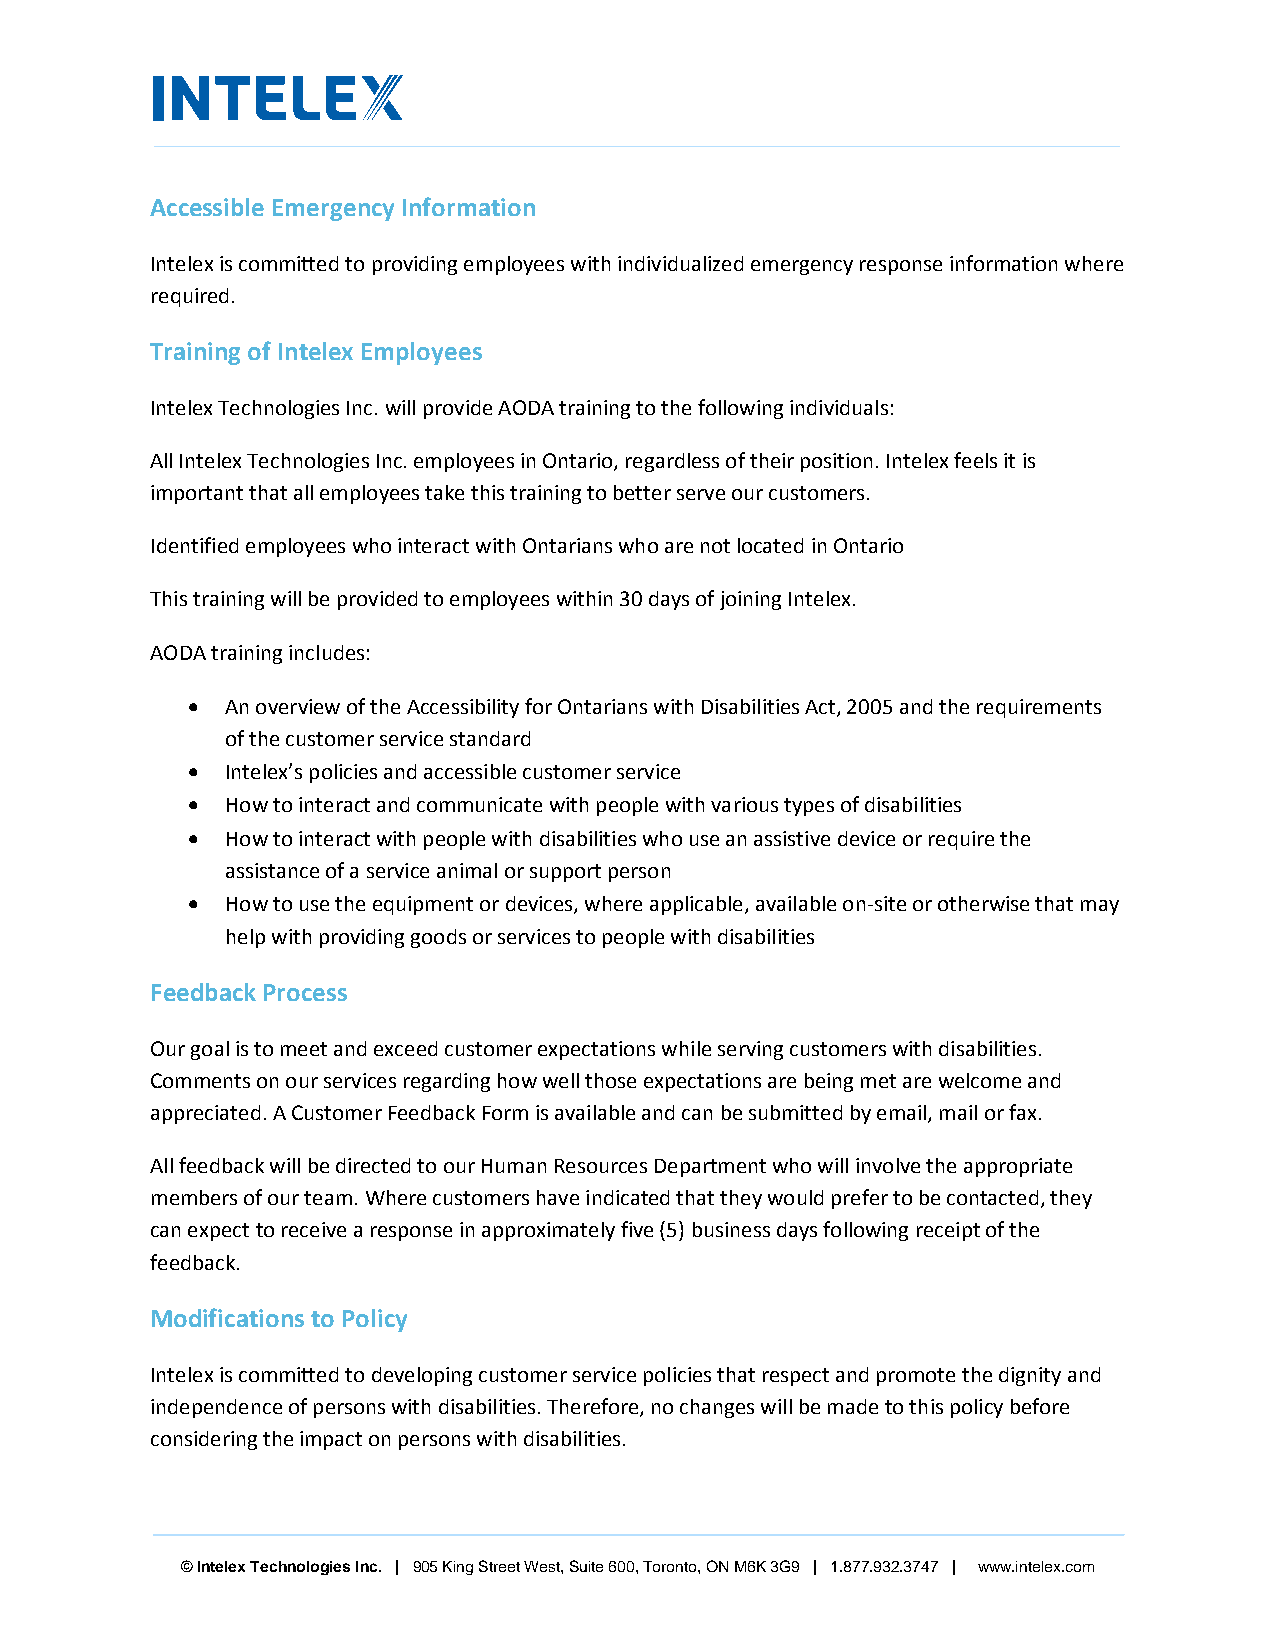
Accessible Emergency Information
 Intelex is committed to providing employees with individualized emergency response information where
 required.
 Training of Intelex Employees
 Intelex Technologies Inc. will provide AODA training to the following individuals:
 All Intelex Technologies Inc. employees in Ontario, regardless of their position. Intelex feels it is
 important that all employees take this training to better serve our customers.
 Identified employees who interact with Ontarians who are not located in Ontario
 This training will be provided to employees within 30 days of joining Intelex.
 AODA training includes:
   An overview of the Accessibility for Ontarians with Disabilities Act, 2005 and the requirements
 of the customer service standard
   Intelex’s policies and accessible customer service
   How to interact and communicate with people with various types of disabilities
   How to interact with people with disabilities who use an assistive device or require the
 assistance of a service animal or support person
   How to use the equipment or devices, where applicable, available on-site or otherwise that may
 help with providing goods or services to people with disabilities
 Feedback Process
 Our goal is to meet and exceed customer expectations while serving customers with disabilities.
 Comments on our services regarding how well those expectations are being met are welcome and
 appreciated. A Customer Feedback Form is available and can be submitted by email, mail or fax.
 All feedback will be directed to our Human Resources Department who will involve the appropriate
 members of our team. Where customers have indicated that they would prefer to be contacted, they
 can expect to receive a response in approximately five (5) business days following receipt of the
 feedback.
 Modifications to Policy
 Intelex is committed to developing customer service policies that respect and promote the dignity and
 independence of persons with disabilities. Therefore, no changes will be made to this policy before
 considering the impact on persons with disabilities.
 © Intelex Technologies Inc. | 905 King Street West, Suite 600, Toronto, ON M6K 3G9 | 1.877.932.3747 | www.intelex.com